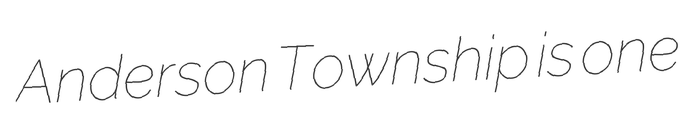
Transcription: Anderson Township is one